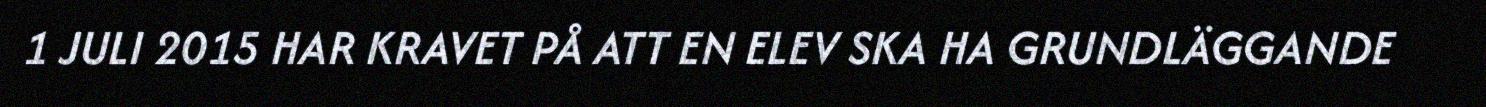
1 JULI 2015 HAR KRAVET PÅ ATT EN ELEV SKA HA GRUNDLÄGGANDE